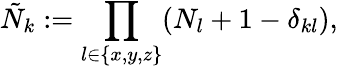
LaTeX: \tilde{N}_{k}:=\prod_{l\in\{ x,y,z\} }(N_{l}+1-\delta_{kl}),